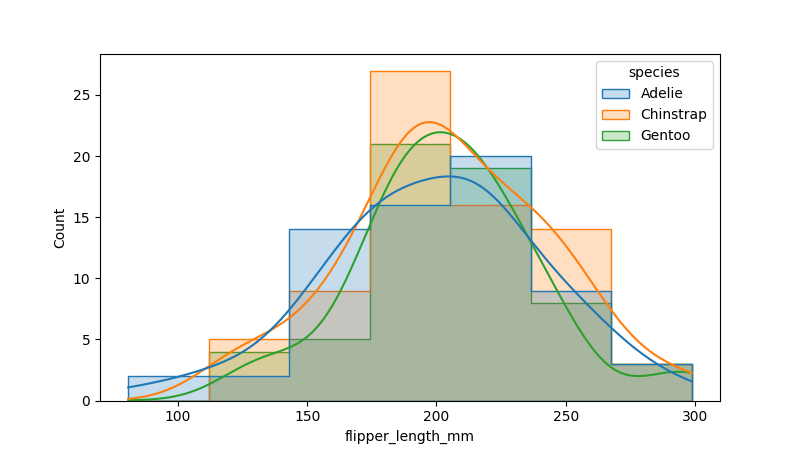
python, seaborn, histplot, hue='species', binwidth=30, bins='10', element='step'